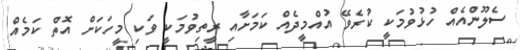
ސެލޫންއެއް ހުޅުވުމަކީ ކުރެވޭ އުއްމީދެއް ކަމަށާއި ރީތިވުމަކީ ވަކި މީހަކަށް އޮތް ކަމެއް